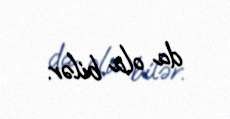
da ola bilər.